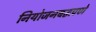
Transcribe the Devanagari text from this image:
नियोजनबद्धपणे